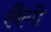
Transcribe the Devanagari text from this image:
लैगो